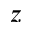
z